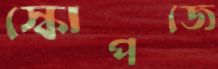
স্কোপজে